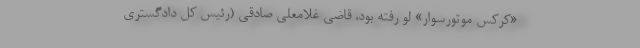
«کرکس موتورسوار» لو رفته بود، قاضی غلامعلی صادقی (رئیس کل دادگستری